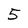
Character: 5